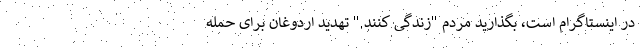
در اینستاگرام است، بگذارید مردم "زندگی کنند." تهدید اردوغان برای حمله